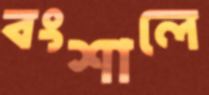
বংশালে